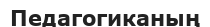
Педагогиканың